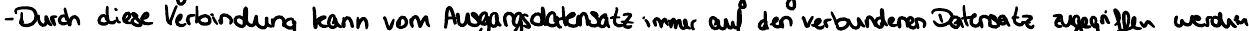
- Durch diese Verbindung kann vom Ausgangsdatensatz immer auf den verbundenen Datensatz zugegriffen werden